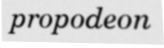
propodeon